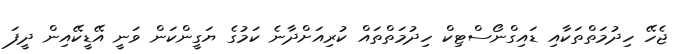
ޖެހޭ ހިދުމަތްތަކާއި ޑައިގްނޯސްޓިކް ހިދުމަތްތައް ކުރިއަށްދާނެ ކަމުގެ ޔަގީންކަން ވަނީ އޭޑީކޭއިން ދީފަ